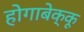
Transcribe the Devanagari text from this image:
होगाबेक्कू